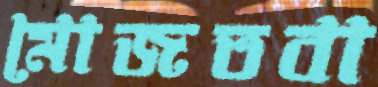
মোজতবা